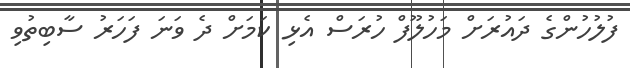
ފުލުހުންގެ ދައުރަށް މަހުލޫފް ހުރަސް އެޅި ކަމަށް ދެ ވަނަ ފަހަރު ސާބިތުވި